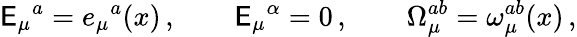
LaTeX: \mathsf{E}_{\mu}{}^{a}=e_{\mu}{}^{a}(x)\, ,\qquad\mathsf{E}_{\mu}{}^{\alpha}=0\, ,\qquad\Omega_{\mu}^{ab}=\omega_{\mu}^{ab}(x)\, ,